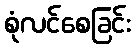
စုံလင်စေခြင်း